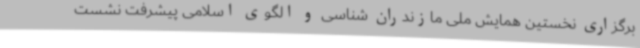
برگزاری نخستین همایش ملی مازندران شناسی و الگوی اسلامی پیشرفت نشست